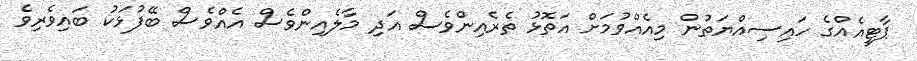
ޕާޓީއެއްގެ ހައިސިއްޔަތުން މިއެއްވުމަށް އަތޮޅު ތެރެއިންވެސް އަދި މާލެއިންވެސް އެއްވެސް ބޭފުޅަކު ބައިވެރިވެ